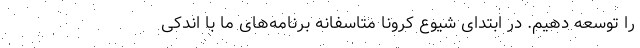
را توسعه دهیم. در ابتدای شیوع کرونا متاسفانه برنامه‌های ما با اندکی